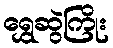
ရွှေဆွဲကြိုး